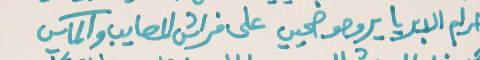
حرام الابريا يروحو ضحيي   على فراش المصايب والمآسي